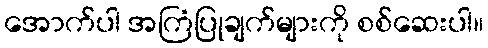
အောက်ပါ အကြံပြုချက်များကို စစ်ဆေးပါ။